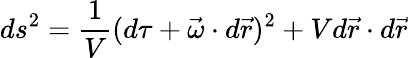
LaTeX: ds^{2}=\frac{1}{V}(d\tau+\vec{\omega}\cdot d\vec{r})^{2}+Vd\vec{r}\cdot d\vec{r}